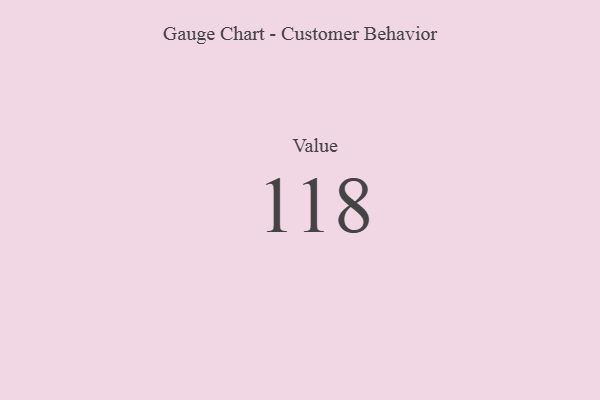
{"axis": {"x": "Metric", "y": "Value"}, "legend": [""], "data": [{"x": "Value", "y": 118, "type": ""}]}